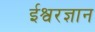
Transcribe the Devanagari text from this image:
ईश्वरज्ञान